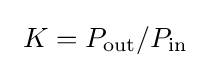
~K=P_{\rm {out}}/P_{\rm {in}}